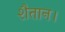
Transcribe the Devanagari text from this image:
शैतान।